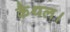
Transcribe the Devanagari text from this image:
कैथल।